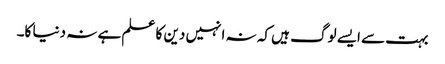
بہت سے ایسے لوگ ہیں کہ نہ انہیں دین کا علم ہے نہ دنیا کا۔